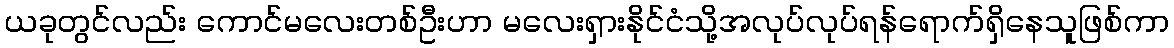
ယခုတွင်လည်း ကောင်မလေးတစ်ဦးဟာ မလေးရှားနိုင်ငံသို့အလုပ်လုပ်ရန်ရောက်ရှိနေသူဖြစ်ကာ